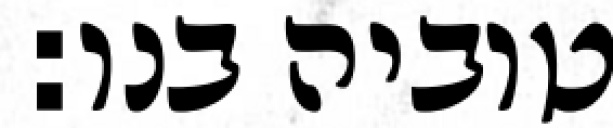
טוביה בנו: